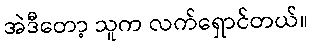
အဲဒီတော့ သူက လက်ရှောင်တယ်။